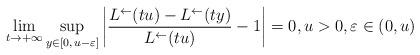
LaTeX: \begin{align*}\lim_{t\to+\infty}\sup_{y\in[0,\,u-\varepsilon]}\left|\frac{L^{\leftarrow}(tu)-L^{\leftarrow}(ty)}{L^{\leftarrow}(tu)}-1\right|=0,u>0,\varepsilon\in(0,u)\end{align*}